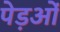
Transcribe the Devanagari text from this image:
पेड़ओं